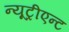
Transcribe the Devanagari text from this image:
न्यूट्रीएन्ट